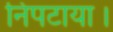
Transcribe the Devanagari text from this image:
निपटाया।